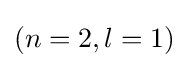
(n=2,l=1)